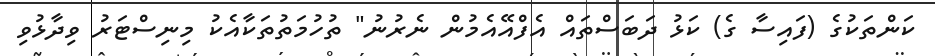
ކަންތަކުގެ (ފައިސާ ގެ) ކަޅު ދަބަސްތައް އެފްއޭއެމުން ނެރުނު" ތުހުމަތުތަކާއެކު މިނިސްޓަރު ވިދާޅުވި